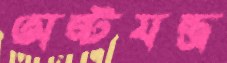
অষ্টযন্ত্র